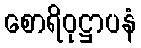
စောရိဝုဋ္ဌာပနံ